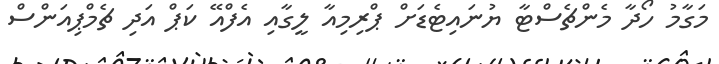
މަގާމު ހޯދާ މެންޗެސްޓާ ޔުނައިޓެޑަށް ޕްރިމިއާ ލީގާއި އެފްއޭ ކަޕް އަދި ޗެމްޕިއަންސް